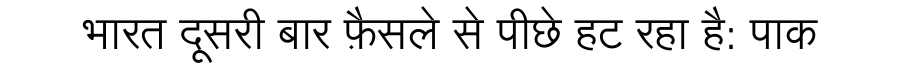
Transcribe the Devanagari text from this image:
भारत दूसरी बार फ़ैसले से पीछे हट रहा है: पाक